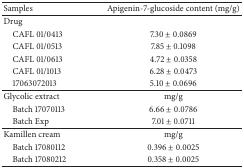
<table><thead><tr><td><b>Samples</b></td><td><b>Apigenin-7-glucoside content (mg/g)</b></td></tr></thead><tbody><tr><td>Drug</td><td> </td></tr><tr><td> CAFL 01/0413</td><td>7.30 ± 0.0869</td></tr><tr><td> CAFL 01/0513</td><td>7.85 ± 0.1098</td></tr><tr><td> CAFL 01/0613</td><td>4.72 ± 0.0358</td></tr><tr><td> CAFL 01/1013</td><td>6.28 ± 0.0473</td></tr><tr><td> 17063072013</td><td>5.10 ± 0.0696</td></tr><tr><td>Glycolic extract</td><td>mg/g </td></tr><tr><td> Batch 17070113</td><td>6.66 ± 0.0786</td></tr><tr><td> Batch Exp</td><td>7.01 ± 0.0711</td></tr><tr><td>Kamillen cream</td><td>mg/g</td></tr><tr><td> Batch 17080112</td><td>0.396 ± 0.0025</td></tr><tr><td> Batch 17080212</td><td>0.358 ± 0.0025</td></tr></tbody></table>